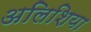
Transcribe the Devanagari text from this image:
अलिशिया